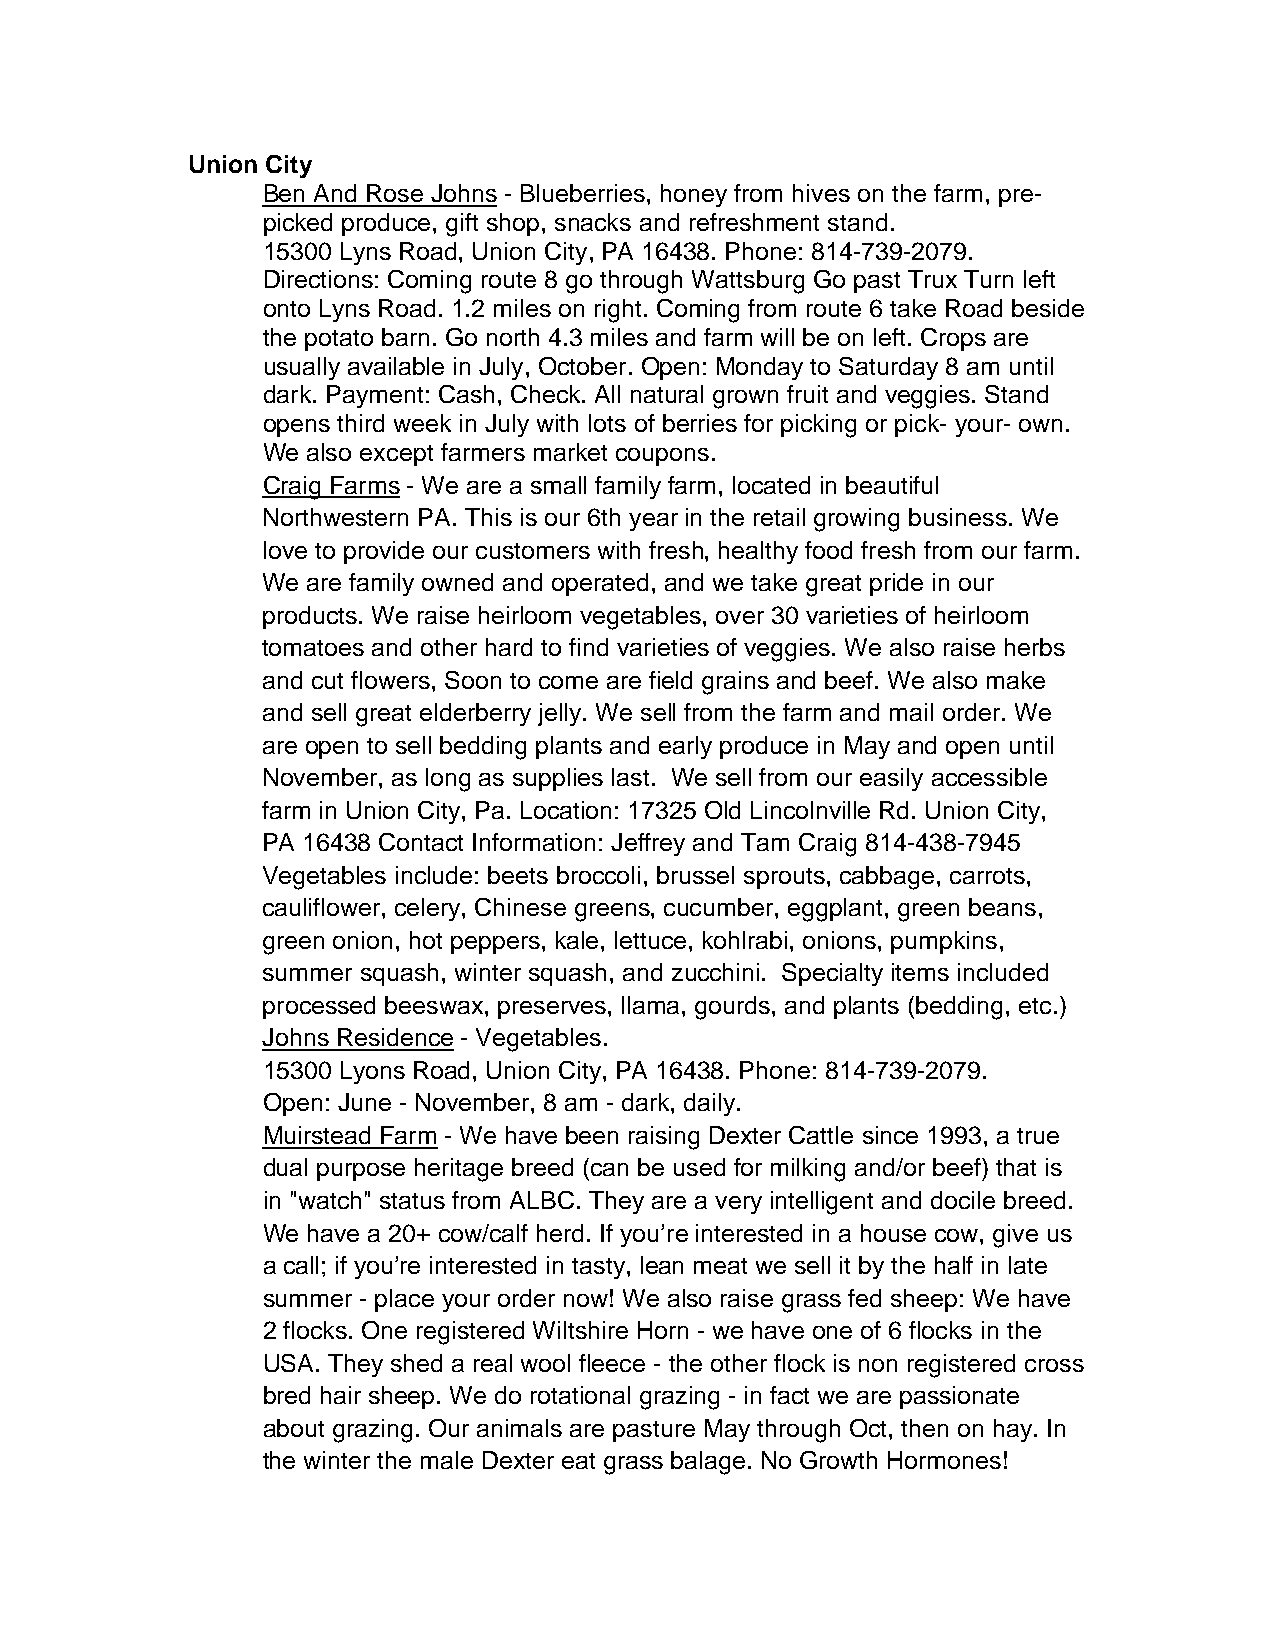
Union City
 Ben And Rose Johns - Blueberries, honey from hives on the farm, pre-
 picked produce, gift shop, snacks and refreshment stand.
 15300 Lyns Road, Union City, PA 16438. Phone: 814-739-2079.
 Directions: Coming route 8 go through Wattsburg Go past Trux Turn left
 onto Lyns Road. 1.2 miles on right. Coming from route 6 take Road beside
 the potato barn. Go north 4.3 miles and farm will be on left. Crops are
 usually available in July, October. Open: Monday to Saturday 8 am until
 dark. Payment: Cash, Check. All natural grown fruit and veggies. Stand
 opens third week in July with lots of berries for picking or pick- your- own.
 We also except farmers market coupons.
 Craig Farms - We are a small family farm, located in beautiful
 Northwestern PA. This is our 6th year in the retail growing business. We
 love to provide our customers with fresh, healthy food fresh from our farm.
 We are family owned and operated, and we take great pride in our
 products. We raise heirloom vegetables, over 30 varieties of heirloom
 tomatoes and other hard to find varieties of veggies. We also raise herbs
 and cut flowers, Soon to come are field grains and beef. We also make
 and sell great elderberry jelly. We sell from the farm and mail order. We
 are open to sell bedding plants and early produce in May and open until
 November, as long as supplies last. We sell from our easily accessible
 farm in Union City, Pa. Location: 17325 Old Lincolnville Rd. Union City,
 PA 16438 Contact Information: Jeffrey and Tam Craig 814-438-7945
 Vegetables include: beets broccoli, brussel sprouts, cabbage, carrots,
 cauliflower, celery, Chinese greens, cucumber, eggplant, green beans,
 green onion, hot peppers, kale, lettuce, kohlrabi, onions, pumpkins,
 summer squash, winter squash, and zucchini. Specialty items included
 processed beeswax, preserves, llama, gourds, and plants (bedding, etc.)
 Johns Residence - Vegetables.
 15300 Lyons Road, Union City, PA 16438. Phone: 814-739-2079.
 Open: June - November, 8 am - dark, daily.
 Muirstead Farm - We have been raising Dexter Cattle since 1993, a true
 dual purpose heritage breed (can be used for milking and/or beef) that is
 in "watch" status from ALBC. They are a very intelligent and docile breed.
 We have a 20+ cow/calf herd. If you’re interested in a house cow, give us
 a call; if you’re interested in tasty, lean meat we sell it by the half in late
 summer - place your order now! We also raise grass fed sheep: We have
 2 flocks. One registered Wiltshire Horn - we have one of 6 flocks in the
 USA. They shed a real wool fleece - the other flock is non registered cross
 bred hair sheep. We do rotational grazing - in fact we are passionate
 about grazing. Our animals are pasture May through Oct, then on hay. In
 the winter the male Dexter eat grass balage. No Growth Hormones!